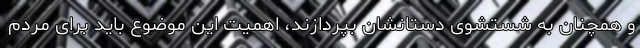
و همچنان به شستشوی دستانشان بپردازند، اهمیت این موضوع باید برای مردم